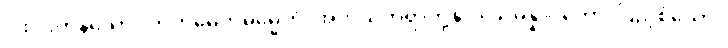
ငါးပါးကုန်သော။ ကတမေဟိဓမ္မေဟိ၊ အဘယ်တရာတို့နှင့်။ သမန္နာဂတော၊ ပြည့်စုံသော။